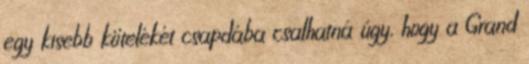
egy kisebb kötelékét csapdába csalhatná úgy, hogy a Grand